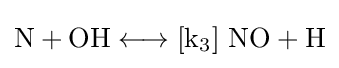
{{\text{N}}{}+{}{\text{OH}}{}\mathrel {\longleftrightarrow } {}[\mathrm {k} {\vphantom {A}}_{\smash[{t}]{3}}]~{\text{NO}}{}+{}{\text{H}}}